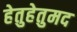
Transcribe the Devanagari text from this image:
हेतुहेतुमद